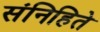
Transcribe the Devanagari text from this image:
संनिहिते